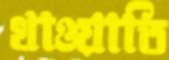
খাওয়াতি